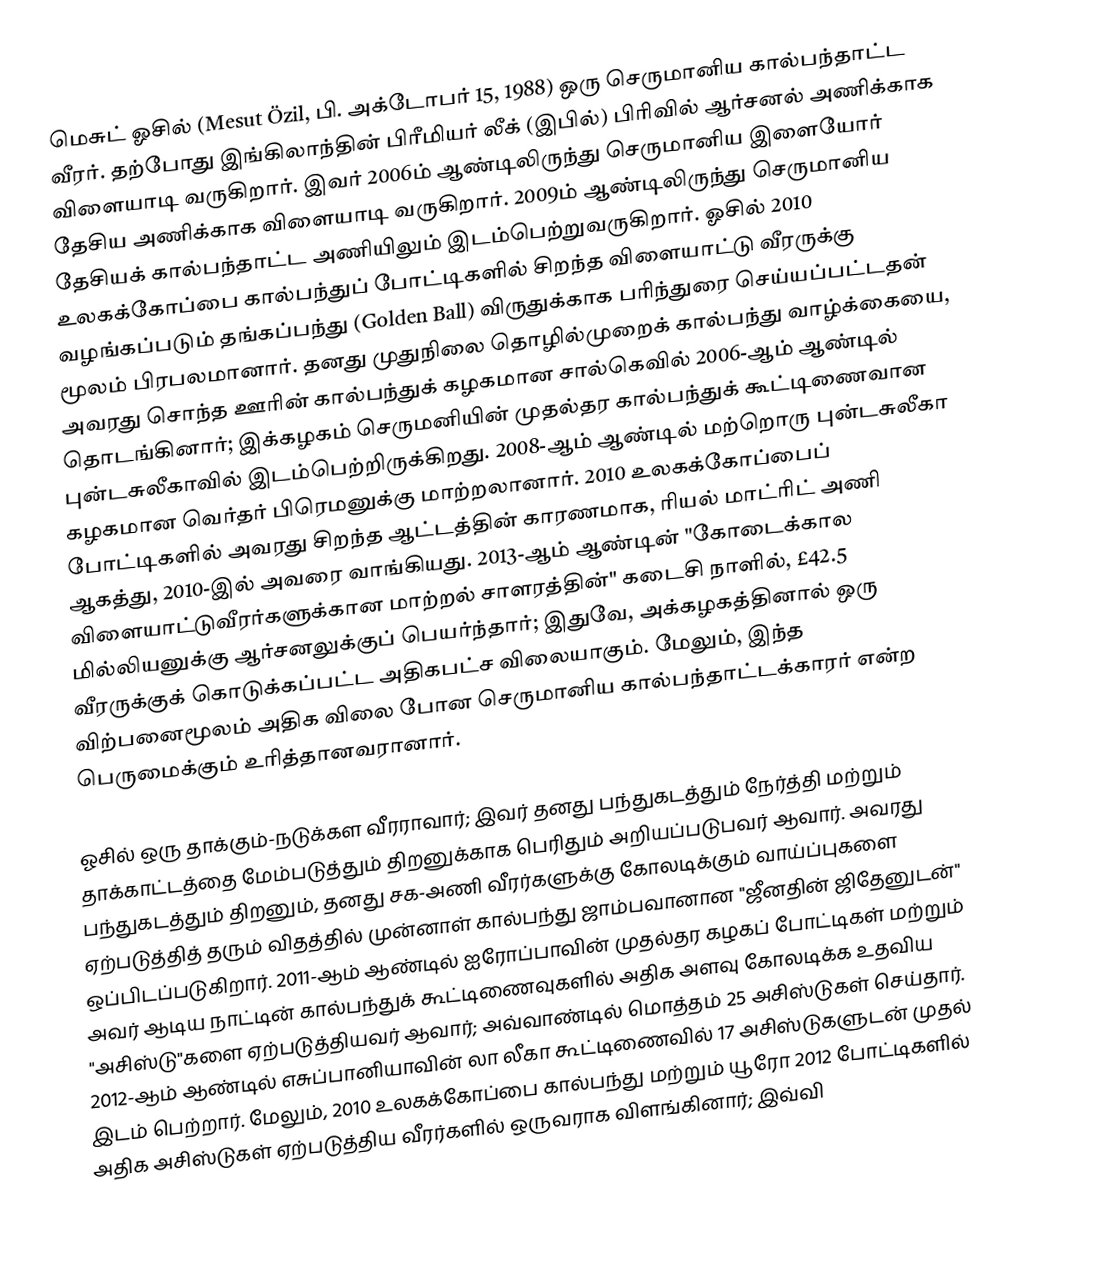
மெசுட் ஓசில் (Mesut Özil, பி. அக்டோபர் 15, 1988) ஒரு செருமானிய    கால்பந்தாட்ட வீரர். தற்போது இங்கிலாந்தின் பிரீமியர் லீக் (இபில்) பிரிவில் ஆர்சனல் அணிக்காக விளையாடி வருகிறார். இவர் 2006ம் ஆண்டிலிருந்து செருமானிய இளையோர் தேசிய அணிக்காக விளையாடி வருகிறார். 2009ம் ஆண்டிலிருந்து  செருமானிய தேசியக் கால்பந்தாட்ட அணியிலும் இடம்பெற்றுவருகிறார்.  ஓசில் 2010 உலகக்கோப்பை கால்பந்துப் போட்டிகளில் சிறந்த விளையாட்டு வீரருக்கு வழங்கப்படும் தங்கப்பந்து (Golden Ball) விருதுக்காக பரிந்துரை செய்யப்பட்டதன் மூலம் பிரபலமானார்.  தனது முதுநிலை தொழில்முறைக் கால்பந்து வாழ்க்கையை, அவரது சொந்த ஊரின் கால்பந்துக் கழகமான சால்கெவில் 2006-ஆம் ஆண்டில் தொடங்கினார்; இக்கழகம் செருமனியின் முதல்தர கால்பந்துக் கூட்டிணைவான புன்டசுலீகாவில் இடம்பெற்றிருக்கிறது.  2008-ஆம் ஆண்டில் மற்றொரு புன்டசுலீகா கழகமான வெர்தர் பிரெமனுக்கு மாற்றலானார்.  2010 உலகக்கோப்பைப் போட்டிகளில் அவரது சிறந்த ஆட்டத்தின் காரணமாக, ரியல் மாட்ரிட் அணி ஆகத்து, 2010-இல் அவரை வாங்கியது.  2013-ஆம் ஆண்டின் "கோடைக்கால விளையாட்டுவீரர்களுக்கான மாற்றல் சாளரத்தின்" கடைசி நாளில், £42.5 மில்லியனுக்கு ஆர்சனலுக்குப் பெயர்ந்தார்; இதுவே, அக்கழகத்தினால் ஒரு வீரருக்குக் கொடுக்கப்பட்ட அதிகபட்ச விலையாகும்.  மேலும், இந்த விற்பனைமூலம் அதிக விலை போன செருமானிய கால்பந்தாட்டக்காரர் என்ற பெருமைக்கும் உரித்தானவரானார்.

ஓசில் ஒரு தாக்கும்-நடுக்கள வீரராவார்; இவர் தனது பந்துகடத்தும் நேர்த்தி மற்றும் தாக்காட்டத்தை மேம்படுத்தும் திறனுக்காக பெரிதும் அறியப்படுபவர் ஆவார்.  அவரது பந்துகடத்தும் திறனும், தனது சக-அணி வீரர்களுக்கு கோலடிக்கும் வாய்ப்புகளை ஏற்படுத்தித் தரும் விதத்தில் முன்னாள் கால்பந்து ஜாம்பவானான "ஜீனதின் ஜிதேனுடன்" ஒப்பிடப்படுகிறார்.  2011-ஆம் ஆண்டில் ஐரோப்பாவின் முதல்தர கழகப் போட்டிகள் மற்றும் அவர் ஆடிய நாட்டின் கால்பந்துக் கூட்டிணைவுகளில் அதிக அளவு கோலடிக்க உதவிய "அசிஸ்டு"களை ஏற்படுத்தியவர் ஆவார்; அவ்வாண்டில் மொத்தம் 25 அசிஸ்டுகள் செய்தார்.  2012-ஆம் ஆண்டில் எசுப்பானியாவின் லா லீகா கூட்டிணைவில் 17 அசிஸ்டுகளுடன் முதல் இடம் பெற்றார்.  மேலும், 2010 உலகக்கோப்பை கால்பந்து மற்றும் யூரோ 2012 போட்டிகளில் அதிக அசிஸ்டுகள் ஏற்படுத்திய வீரர்களில் ஒருவராக விளங்கினார்; இவ்வி